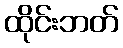
ထိုင်းဘတ်